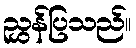
ညွှန်ပြသည်။